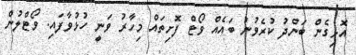
އޮޅިގެން ބަންދު ކުރެވުނު ބައެއް ވޯޓް ފޮށިތައް މިހާރު ވަނީ ހުޅުވާފައި. ވޯޓްލުން